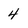
Character: 4